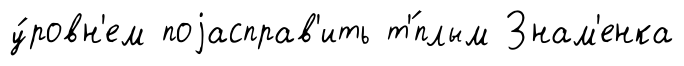
у́ровн'ем поjасправ'ить т'́плым Знам'енка